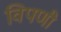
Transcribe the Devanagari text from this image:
विपणी